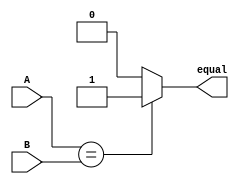
module Comparator_3bit(A, B, equal);
input [2:0] A;
input [2:0] B;
output equal;

	assign equal = (A == B)? 1'b1: 1'b0;

endmodule